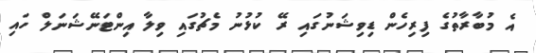
އެ މުބާރާތުގެ ފިރިހެން ޑިވިޝަނުގައި ރޭ ކުޅުނު މެޗުގައި ވިލާ އިންޓަނޭޝަނަލް ހައި